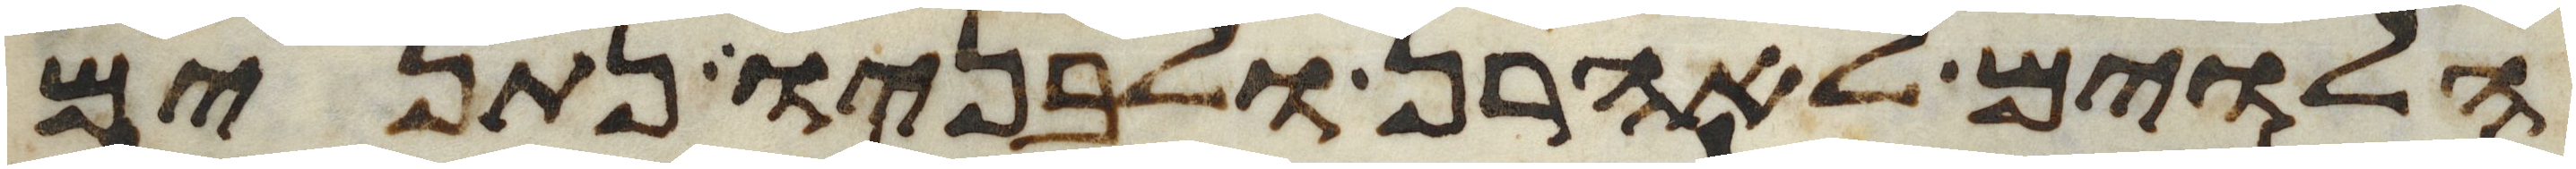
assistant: הלוים לאהרן ולבניו נתנים